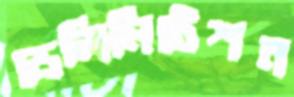
ডেলিমিটেশন